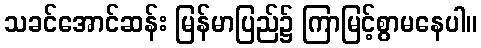
သခင်အောင်ဆန်း မြန်မာပြည်၌ ကြာမြင့်စွာမနေပါ။